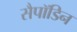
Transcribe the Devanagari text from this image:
सैपॉडिन